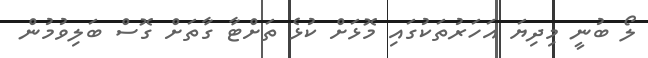
ލޯ ބުނީ މިދިޔަ އަހަރުތަކުގައި މޮޅަށް ކުޅެ ތަށްޓާ ގާތަށް ގޮސް ބަލިވުމުން